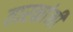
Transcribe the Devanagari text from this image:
तारकांनी